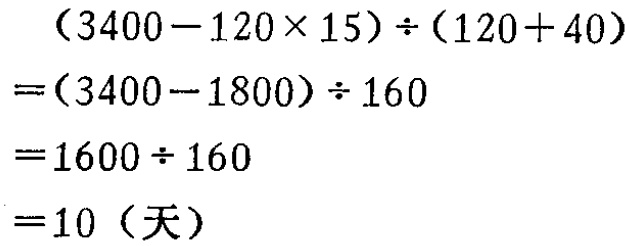
\begin{align*}
&(3400 - 120\times15)\div(120 + 40)\\
=&(3400 - 1800)\div160\\
=&1600\div160\\
=&10 \text{（天）}
\end{align*}